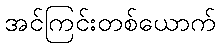
အင်ကြင်းတစ်ယောက်